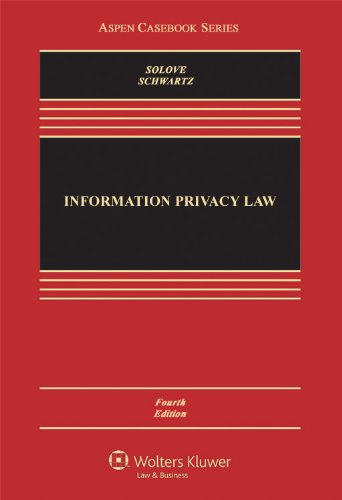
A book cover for Information Privacy Law, Fourth Edition (Aspen Casebook); Daniel J. Solove; Computers & Technology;